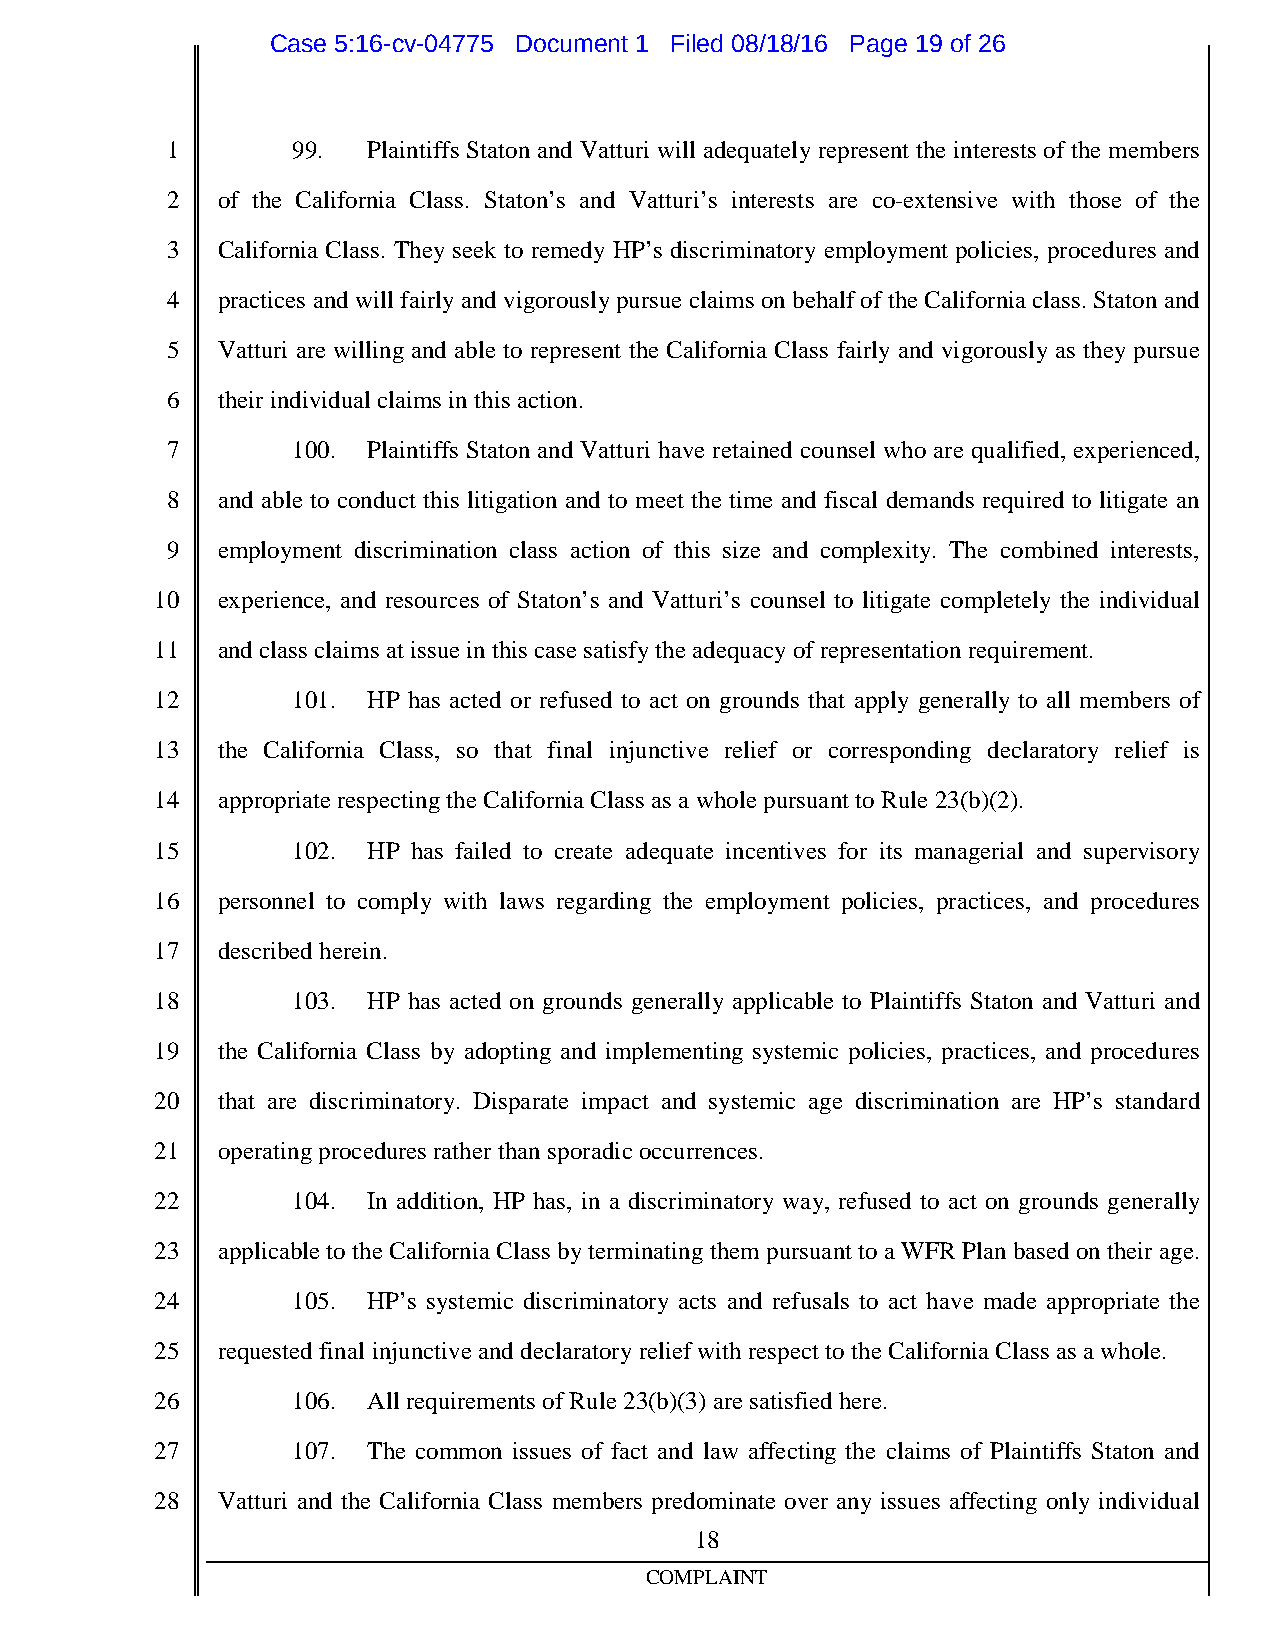
Case 5:16-cv-04775 Document 1 Filed 08/18/16 Page 19 of 26
 1       99.  Plaintiffs Staton and Vatturi will adequatelyrepresent the interests of the members
 2  of the California Class. Staton’s and Vatturi’s interests are co-extensive with those of the
 3  California Class. They seek to remedy HP’s discriminatory employment policies, procedures and
 4  practices andwill fairlyandvigorouslypursue claims onbehalfoftheCaliforniaclass.Staton and
 5  Vatturi are willing and able to represent the California Class fairly and vigorously as they pursue
 6  theirindividual claims inthis action.
 7       100. Plaintiffs Staton and Vatturi have retained counsel who are qualified, experienced,
 8  and able to conduct this litigation and to meet the time and fiscal demands required to litigate an
 9  employment discrimination class action of this size and complexity. The combined interests,
 10  experience, and resources of Staton’s and Vatturi’s counsel to litigate completely the individual
 11  andclass claims at issue inthis casesatisfytheadequacyof representation requirement.
 12       101. HP has acted or refused to act on grounds that apply generally to all members of
 13  the California Class, so that final injunctive relief or corresponding declaratory relief is
 14  appropriate respectingtheCaliforniaClass as awholepursuant toRule23(b)(2).
 15       102. HP has failed to create adequate incentives for its managerial and supervisory
 16  personnel to comply with laws regarding the employment policies, practices, and procedures
 17  describedherein.
 18       103. HP has acted on grounds generally applicable to Plaintiffs Staton and Vatturi and
 19  the California Class by adopting and implementing systemic policies, practices, and procedures
 20  that are discriminatory. Disparate impact and systemic age discrimination are HP’s standard
 21  operatingprocedures ratherthansporadicoccurrences.
 22       104. In addition, HP has, in a discriminatory way, refused to act on grounds generally
 23  applicabletotheCaliforniaClass byterminatingthem pursuant toaWFR Planbasedontheirage.
 24       105. HP’s systemic discriminatory acts and refusals to act have made appropriate the
 25  requestedfinal injunctiveanddeclaratoryreliefwithrespect totheCaliforniaClass as awhole.
 26       106. All requirements ofRule 23(b)(3) aresatisfiedhere.
 27       107. The common issues of fact and law affecting the claims of Plaintiffs Staton and
 28  Vatturi and the California Class members predominate over any issues affecting only individual
 18
 COMPLAINT